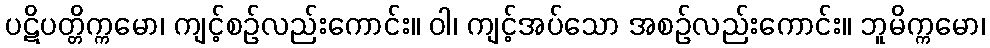
ပဋိပတ္တိက္ကမော၊ ကျင့်စဉ်လည်းကောင်း။ ဝါ၊ ကျင့်အပ်သော အစဉ်လည်းကောင်း။ ဘူမိက္ကမော၊